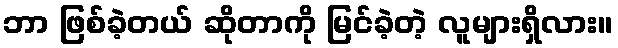
ဘာ ဖြစ်ခဲ့တယ် ဆိုတာကို မြင်ခဲ့တဲ့ လူများရှိလား။